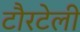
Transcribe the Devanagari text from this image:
टौरटेली